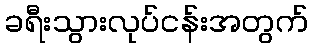
ခရီးသွားလုပ်ငန်းအတွက်